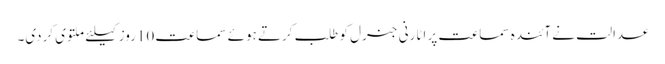
عدالت نے آئندہ سماعت پر اٹارنی جنرل کو طلب کرتے ہوئے سماعت 10روز کیلئے ملتوی کردی۔